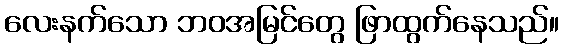
လေးနက်သော ဘဝအမြင်တွေ ဖြာထွက်နေသည်။